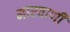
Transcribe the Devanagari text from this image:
मारवाणी